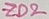
Text: ZD2